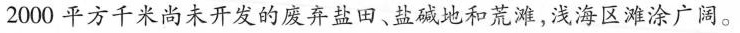
2000平方千米尚未开发的废弃盐田、盐碱地和荒滩，浅海区滩涂广阔。